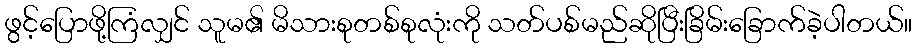
ဖွင့်ပြောဖို့ကြံလျှင် သူမ၏ မိသားစုတစ်စုလုံးကို သတ်ပစ်မည်ဆိုပြီးခြိမ်းခြောက်ခဲ့ပါတယ်။